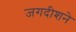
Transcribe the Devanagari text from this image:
जगदीशने